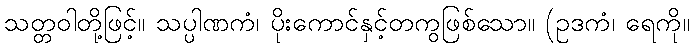
သတ္တဝါတို့ဖြင့်။ သပ္ပါဏကံ၊ ပိုးကောင်နှင့်တကွဖြစ်သော။ (ဥဒကံ၊ ရေကို။